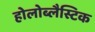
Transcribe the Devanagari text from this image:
होलोब्लैस्टिक